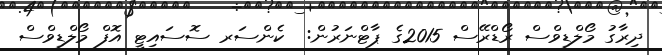
ދިރާގު މޯލްޑިވްސް ރޯޑްރޭސް 2015ގެ ޕާޓްނަރުން:  ކެންސަރ ސޮސައިޓީ އޮފް މޯލްޑިވްސް